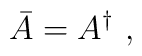
\bar{A} = A^\dagger \, \, ,